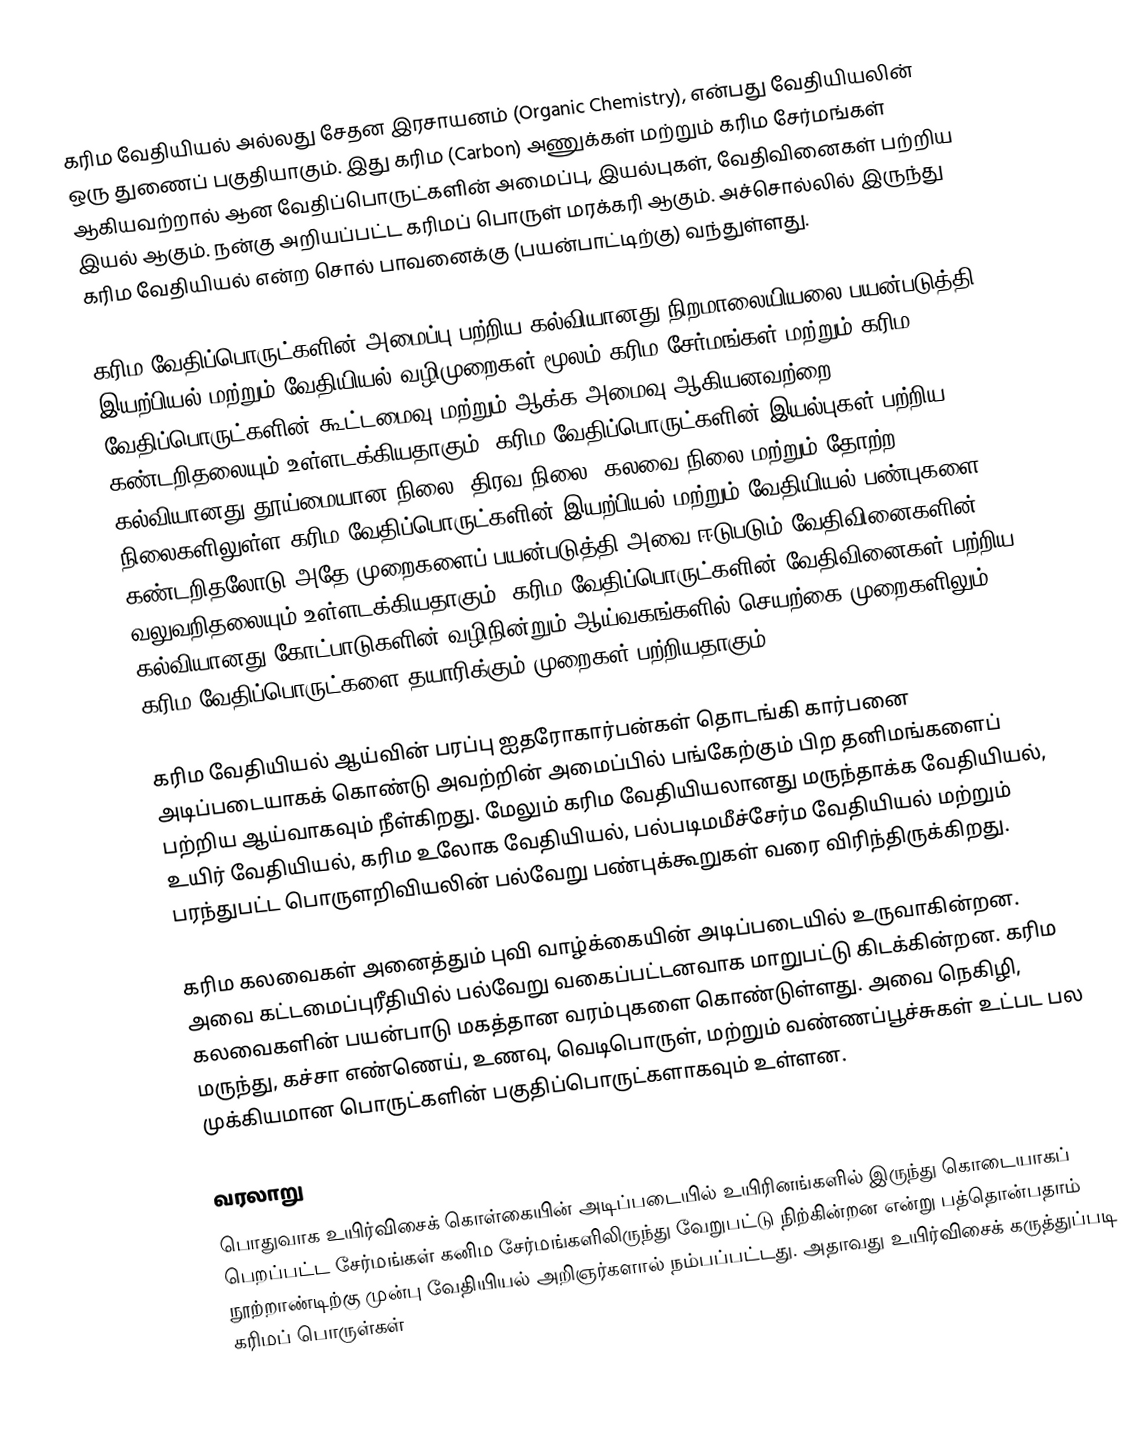
கரிம வேதியியல் அல்லது சேதன இரசாயனம் (Organic Chemistry), என்பது வேதியியலின் ஒரு துணைப் பகுதியாகும். இது கரிம (Carbon) அணுக்கள் மற்றும் கரிம சேர்மங்கள் ஆகியவற்றால் ஆன வேதிப்பொருட்களின் அமைப்பு, இயல்புகள், வேதிவினைகள் பற்றிய இயல் ஆகும். நன்கு அறியப்பட்ட கரிமப் பொருள் மரக்கரி ஆகும். அச்சொல்லில் இருந்து கரிம வேதியியல் என்ற சொல் பாவனைக்கு (பயன்பாட்டிற்கு) வந்துள்ளது.

கரிம வேதிப்பொருட்களின் அமைப்பு பற்றிய கல்வியானது நிறமாலையியலை பயன்படுத்தி இயற்பியல் மற்றும் வேதியியல் வழிமுறைகள் மூலம் கரிம சேர்மங்கள் மற்றும் கரிம வேதிப்பொருட்களின் கூட்டமைவு மற்றும் ஆக்க அமைவு ஆகியனவற்றை கண்டறிதலையும் உள்ளடக்கியதாகும். கரிம வேதிப்பொருட்களின் இயல்புகள் பற்றிய கல்வியானது தூய்மையான நிலை, திரவ நிலை, கலவை நிலை மற்றும் தோற்ற நிலைகளிலுள்ள கரிம வேதிப்பொருட்களின் இயற்பியல் மற்றும் வேதியியல் பண்புகளை கண்டறிதலோடு அதே முறைகளைப் பயன்படுத்தி அவை ஈடுபடும் வேதிவினைகளின் வலுவறிதலையும் உள்ளடக்கியதாகும். கரிம வேதிப்பொருட்களின் வேதிவினைகள் பற்றிய கல்வியானது கோட்பாடுகளின் வழிநின்றும் ஆய்வகங்களில் செயற்கை முறைகளிலும் கரிம வேதிப்பொருட்களை தயாரிக்கும் முறைகள் பற்றியதாகும்.

கரிம வேதியியல் ஆய்வின் பரப்பு ஐதரோகார்பன்கள் தொடங்கி கார்பனை அடிப்படையாகக் கொண்டு அவற்றின் அமைப்பில் பங்கேற்கும் பிற தனிமங்களைப் பற்றிய ஆய்வாகவும் நீள்கிறது. மேலும் கரிம வேதியியலானது மருந்தாக்க வேதியியல், உயிர் வேதியியல், கரிம உலோக வேதியியல், பல்படிமமீச்சேர்ம வேதியியல் மற்றும் பரந்துபட்ட பொருளறிவியலின் பல்வேறு பண்புக்கூறுகள் வரை விரிந்திருக்கிறது.

கரிம கலவைகள் அனைத்தும் புவி வாழ்க்கையின் அடிப்படையில் உருவாகின்றன. அவை கட்டமைப்புரீதியில் பல்வேறு வகைப்பட்டனவாக மாறுபட்டு கிடக்கின்றன. கரிம கலவைகளின் பயன்பாடு மகத்தான வரம்புகளை கொண்டுள்ளது. அவை நெகிழி, மருந்து, கச்சா எண்ணெய், உணவு, வெடிபொருள், மற்றும் வண்ணப்பூச்சுகள் உட்பட பல முக்கியமான பொருட்களின் பகுதிப்பொருட்களாகவும் உள்ளன.

வரலாறு
பொதுவாக உயிர்விசைக் கொள்கையின் அடிப்படையில் உயிரினங்களில் இருந்து கொடையாகப் பெறப்பட்ட சேர்மங்கள் கனிம சேர்மங்களிலிருந்து வேறுபட்டு நிற்கின்றன என்று பத்தொன்பதாம் நூற்றாண்டிற்கு முன்பு வேதியியல் அறிஞர்களால் நம்பப்பட்டது. அதாவது உயிர்விசைக் கருத்துப்படி கரிமப் பொருள்கள்